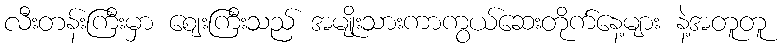
လီးတန်းကြီးမှာ ဈေးကြီးသည် အမျိုးသားကာကွယ်ဆေးတိုက်နေ့များ နဲ့အတူတူ